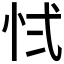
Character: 𭜚